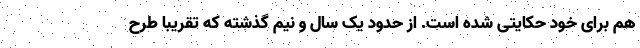
هم برای خود حکایتی شده است. از حدود یک سال و نیم گذشته که تقریبا طرح